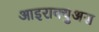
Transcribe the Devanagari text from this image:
आइराक्युअस